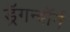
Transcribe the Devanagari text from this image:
ड्रॅगन्बॉर्न